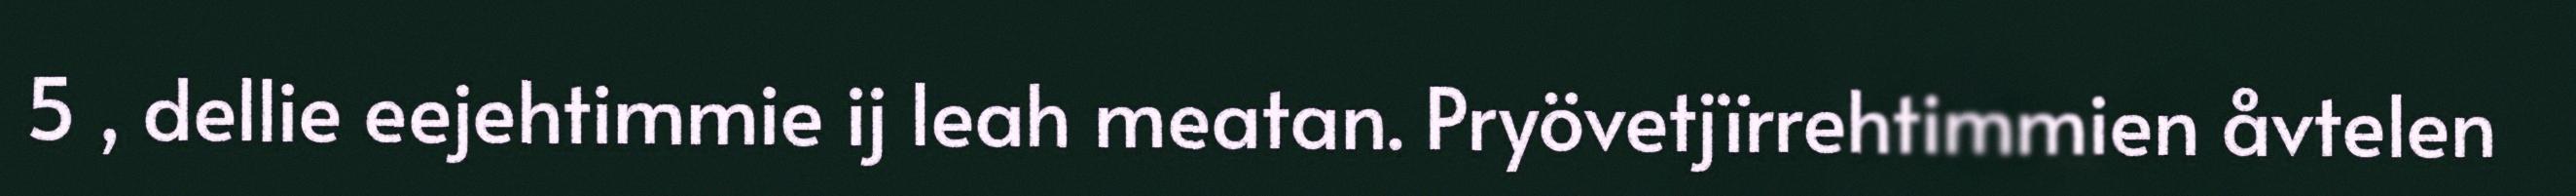
5 , dellie eejehtimmie ij leah meatan. Pryövetjïrrehtimmien åvtelen